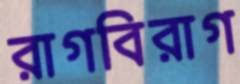
রাগবিরাগ